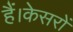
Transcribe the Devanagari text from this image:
हैं।केसरों